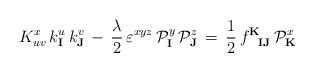
\begin{align*}K^x_{uv} \, k^u_\mathbf{I} \, k^v_\mathbf{J} \, - \,{ \frac{\lambda}{2}} \, \varepsilon^{xyz} \,{\cal P}_\mathbf{I}^y \, {\cal P}_\mathbf{J}^z\,= \, {\frac{1}{2}} \,f^{\mathbf{K}}_{\phantom{\mathbf{K}}\mathbf{I}\mathbf{J}}\, {\cal P}_\mathbf{K}^{x}\end{align*}